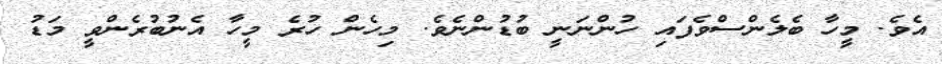
އެވެ. މީހާ ބެލެންސްވެފައި ހުންނަނީ ބުޑުންނެވެ. މިހެން ހުރެ މީހާ އެނުބުރެންވީ މަޑު